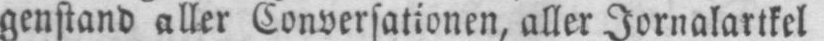
genstand aller Conversationen, aller Jornalartikel